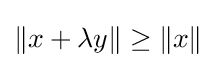
\|x+\lambda y\|\geq \|x\|